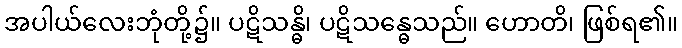
အပါယ်လေးဘုံတို့၌။ ပဋိသန္ဓိ၊ ပဋိသန္ဓေသည်။ ဟောတိ၊ ဖြစ်ရ၏။